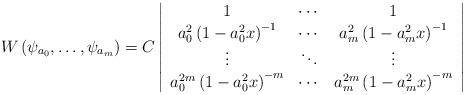
LaTeX: \begin{align*}W\left(\psi_{a_{0}},\ldots,\psi_{a_{m}}\right) =C\left\vert\begin{array}[c]{ccc}1 & \cdots & 1\\a_{0}^{2}\left( 1-a_{0}^{2}x\right) ^{-1}& \cdots & a_{m}^{2}\left(1-a_{m}^{2}x\right) ^{-1}\\\vdots & \ddots & \vdots\\a_{0}^{2m}\left( 1-a_{0}^{2}x\right) ^{-m} & \cdots & a_{m}^{2m}\left(1-a_{m}^{2}x\right) ^{-m}\end{array}\right\vert \end{align*}